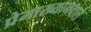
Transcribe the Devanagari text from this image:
प्रेमाख्यानवाले